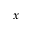
\boldsymbol { x }